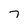
Character: J